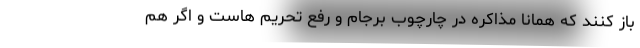
باز کنند که همانا مذاکره در چارچوب برجام و رفع تحریم هاست و اگر هم